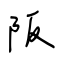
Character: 阪